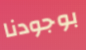
بوجودنا